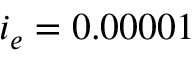
i _ { e } = 0 . 0 0 0 0 1